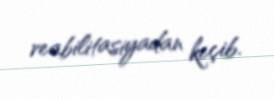
reabilitasiyadan keçib.